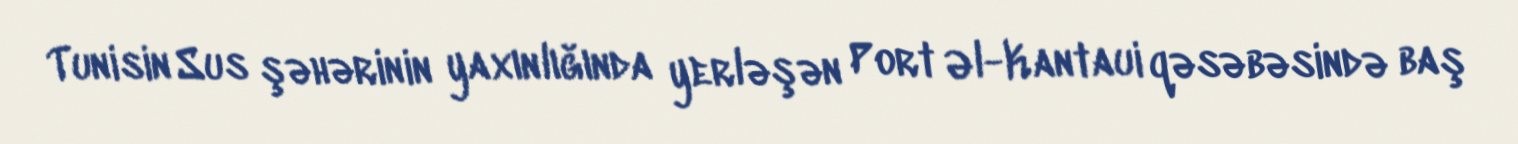
Tunisin Sus şəhərinin yaxınlığında yerləşən Port Əl-Kantaui qəsəbəsində baş